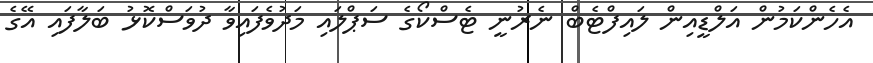
އެހެންކަމުން އަލްޑީއިން ލައިފްޓެބް ނެރުނީ ޓެސްކޯގެ ސަޕްލައި މަދުވެފައިވާ ދުވަސްކޮޅު ބަލާފައި އޭގެ